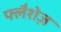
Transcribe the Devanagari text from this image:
फ्लैशेज़